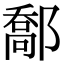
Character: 𨝰